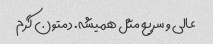
عالی و سریع مثل همیشه. دمتون گرم